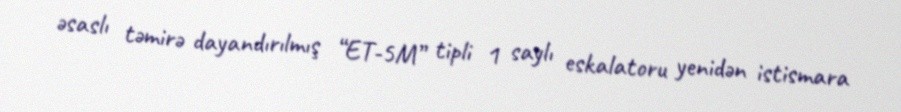
əsaslı təmirə dayandırılmış “ET-5M” tipli 1 saylı eskalatoru yenidən istismara